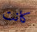
كانت